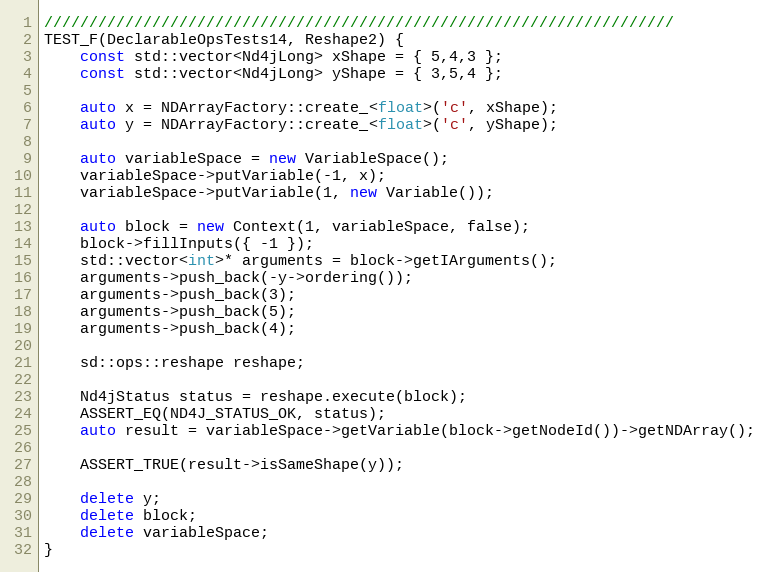
Language: C++
//////////////////////////////////////////////////////////////////////
TEST_F(DeclarableOpsTests14, Reshape2) {
    const std::vector<Nd4jLong> xShape = { 5,4,3 };
    const std::vector<Nd4jLong> yShape = { 3,5,4 };

    auto x = NDArrayFactory::create_<float>('c', xShape);
    auto y = NDArrayFactory::create_<float>('c', yShape);

    auto variableSpace = new VariableSpace();
    variableSpace->putVariable(-1, x);
    variableSpace->putVariable(1, new Variable());

    auto block = new Context(1, variableSpace, false);
    block->fillInputs({ -1 });
    std::vector<int>* arguments = block->getIArguments();
    arguments->push_back(-y->ordering());
    arguments->push_back(3);
    arguments->push_back(5);
    arguments->push_back(4);

    sd::ops::reshape reshape;

    Nd4jStatus status = reshape.execute(block);
    ASSERT_EQ(ND4J_STATUS_OK, status);
    auto result = variableSpace->getVariable(block->getNodeId())->getNDArray();

    ASSERT_TRUE(result->isSameShape(y));

    delete y;
    delete block;
    delete variableSpace;
}